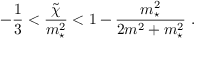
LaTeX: - { \frac { 1 } { 3 } } < { \frac { \tilde { \chi } } { m _ { \star } ^ { 2 } } } < 1 - { \frac { m _ { \star } ^ { 2 } } { 2 m ^ { 2 } + m _ { \star } ^ { 2 } } } \ .